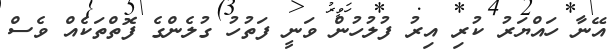
އޭނާ ހައްޔަރު ކުރި އިރު ފުލުހުން ވަނީ ފަތުހު ގުލެންގެ ފޮތްތަކެއް ވެސް